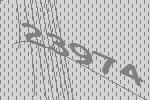
23974